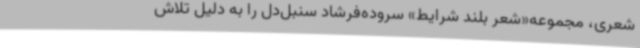
شعری، مجموعه‌«شعر بلند شرایط» سروده‌فرشاد سنبل‌دل را به دلیل تلاش